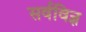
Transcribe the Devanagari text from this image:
सर्वविज्ञ